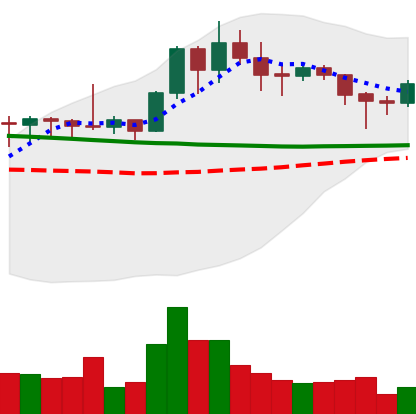
Ticker: XMR-USD
Chart end date: 2020-01-26
Forward return: 12.865%
Label: up_7plus